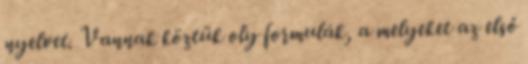
nyelvet. Vannak köztük oly formulák, a melyeket az első